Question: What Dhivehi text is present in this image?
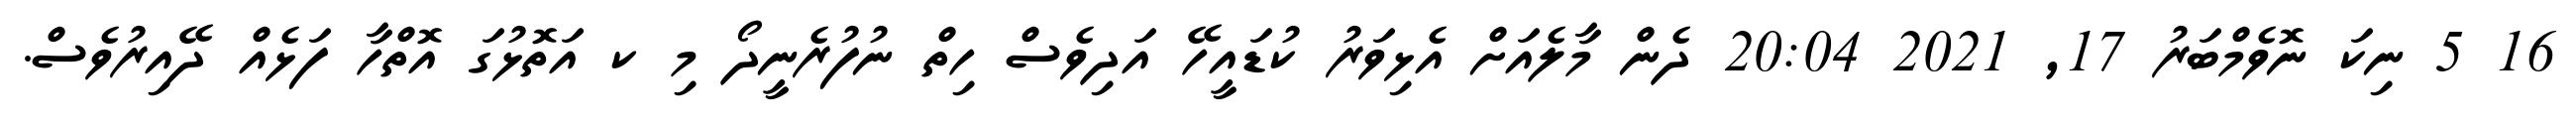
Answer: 16 5 ނިކަ ނޮވެމްބަރު 17, 2021 20:04 ދެން މާލެއަށް އެޅިވަރު ކުޑައީހޭ އަދިވެސް ހިތް ނުފުރެނީދޯ މި ކ އަތޮޅުގަ އޮތްހާ ފަޅެއް ދޭއިރުވެސް.